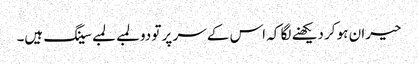
حیران ہو کر دیکھنے لگا کہ اس کے سر پر تو دو لمبے لمبے سینگ ہیں۔